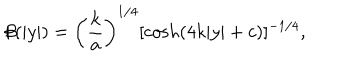
\beta ( | y | ) = \left( \frac { k } { a } \right) ^ { 1 / 4 } { [ \cosh ( 4 k | y | + c ) ] ^ { - 1 / 4 } } ,